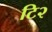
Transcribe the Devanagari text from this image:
टि२